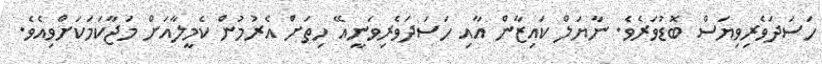
ހަސަދަވެރިވިޔަސް ބޮޑުވަރެވެ. ނާޔަލް ކައިޒާން އާއި ހަސަދަވެރިވަނީއޭ ހިތަށް އެރުމުން ކެމީލާއަށް މަޖާކަމަކަށްވިއެވެ.